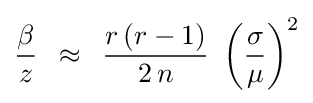
{\beta  \over z}\,\,\,\approx \,\,\,{{r\left({r-1}\right)} \over {2\,n}}\,\,\left({\sigma  \over \mu }\right)^{2}